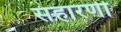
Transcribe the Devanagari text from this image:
संहारणी